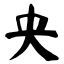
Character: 央